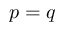
p = q